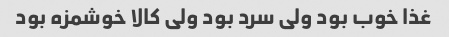
غذا خوب بود ولی سرد بود ولی کالا خوشمزه بود